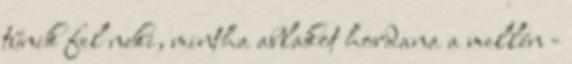
tűnik fel neki, mintha ablakot hordana a mellén -